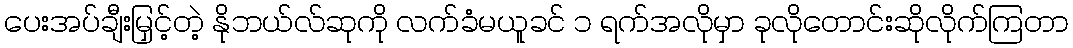
ပေးအပ်ချီးမြှင့်တဲ့ နိုဘယ်လ်ဆုကို လက်ခံမယူခင် ၁ ရက်အလိုမှာ ခုလိုတောင်းဆိုလိုက်ကြတာ